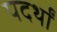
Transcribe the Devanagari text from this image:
पदर्थों